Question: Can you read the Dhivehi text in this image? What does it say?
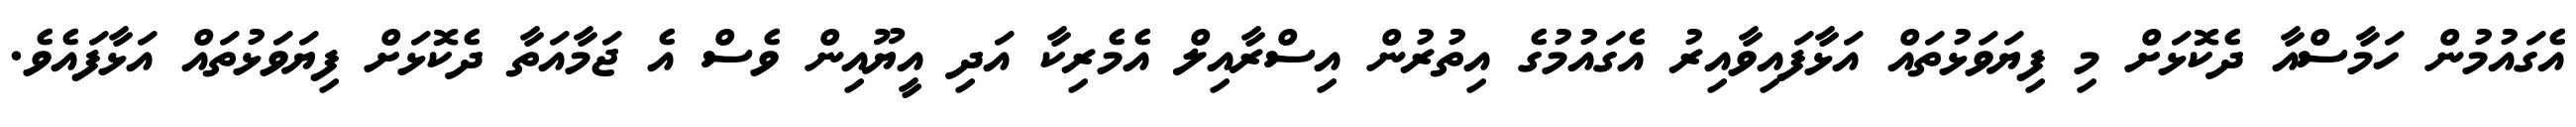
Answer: އެގައުމުން ހަމާސްއާ ދެކޮޅަށް މި ފިޔަވަޅުތައް އަޅާފައިވާއިރު އެގައުމުގެ އިތުރުން އިސްރާއިލް އެމެރިކާ އަދި އީޔޫއިން ވެސް އެ ޖަމާއަތާ ދެކޮޅަށް ފިޔަވަޅުތައް އަޅާފައެވެ.